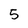
Character: 5